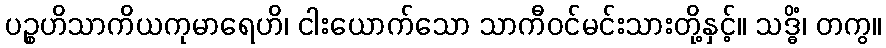
ပဉ္စဟိသာကိယကုမာရေဟိ၊ ငါးယောက်သော သာကီဝင်မင်းသားတို့နှင့်။ သဒ္ဓိံ၊ တကွ။